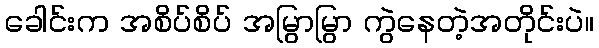
ခေါင်းက အစိပ်စိပ် အမြွာမြွာ ကွဲနေတဲ့အတိုင်းပဲ။